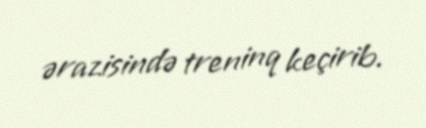
ərazisində treninq keçirib.